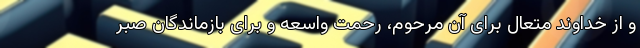
و از خداوند متعال برای آن مرحوم، رحمت واسعه و برای بازماندگان صبر